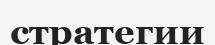
стратегии